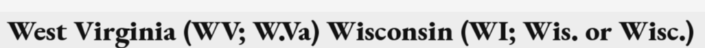
West Virginia (WV; W.Va) Wisconsin (WI; Wis. or Wisc.)